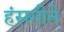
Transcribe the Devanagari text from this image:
हंसगीते